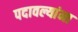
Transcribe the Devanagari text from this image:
पदावल्यांना